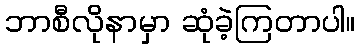
ဘာစီလိုနာမှာ ဆုံခဲ့ကြတာပါ။